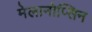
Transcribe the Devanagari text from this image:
मेलानोप्सिन